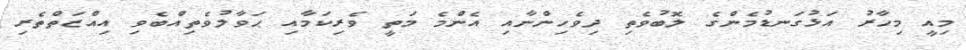
މިއީ މިހާރު އަޅުގަނޑުމެންގެ ލޮބުވެތި ދިވެހިންނާއި އެންމެ މަތީ ވެރިކަމާއި ޙަވާލުވެތިއްބެވި އިއްޒަތްތެރި